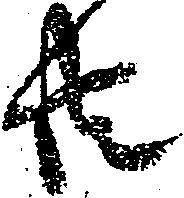
共